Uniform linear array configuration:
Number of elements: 64
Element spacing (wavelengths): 0.25
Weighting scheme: uniform
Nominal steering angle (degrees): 30
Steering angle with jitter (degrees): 28.339
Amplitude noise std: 0.05
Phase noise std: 0.05

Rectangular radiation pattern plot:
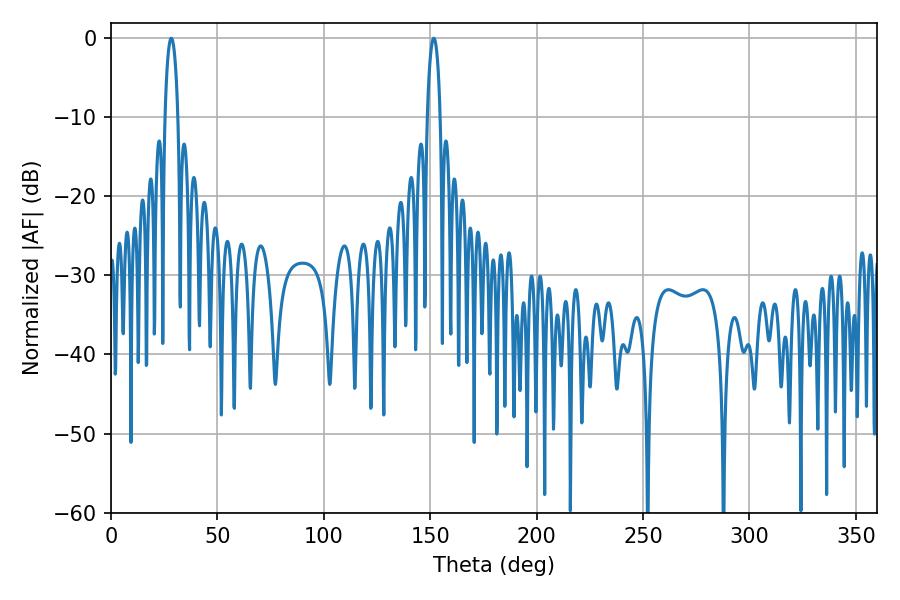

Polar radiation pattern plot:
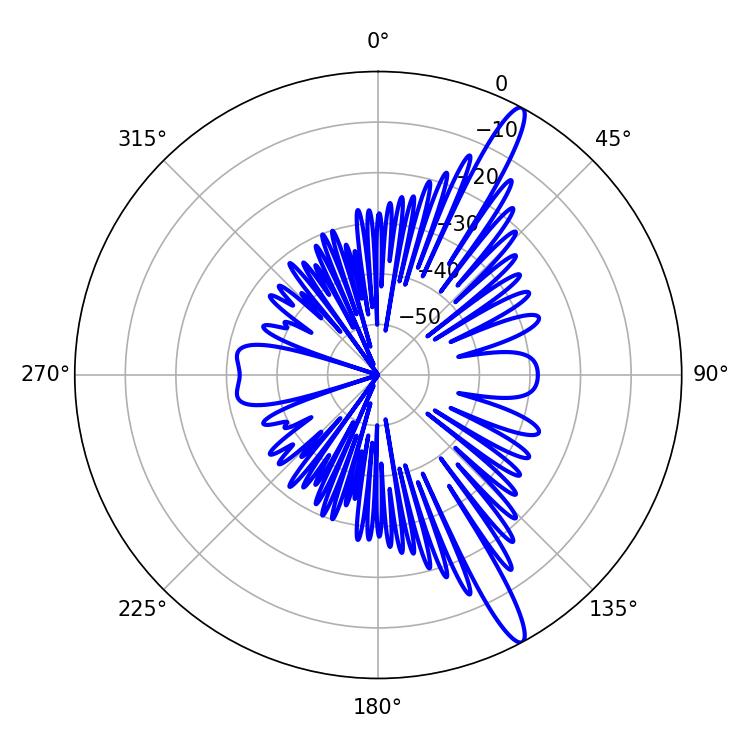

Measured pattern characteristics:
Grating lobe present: FALSE
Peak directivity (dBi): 14.727
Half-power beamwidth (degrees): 3.42
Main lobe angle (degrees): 151.74